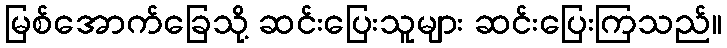
မြစ်အောက်ခြေသို့ ဆင်းပြေးသူများ ဆင်းပြေးကြသည်။